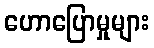
ဟောပြောမှုများ